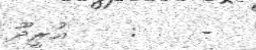
-    :    އުރީދޫ